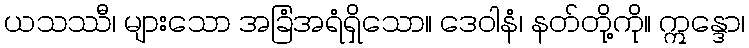
ယသဿီ၊ များသော အခြံအရံရှိသော။ ဒေဝါနံ၊ နတ်တို့ကို။ ဣန္ဒော၊